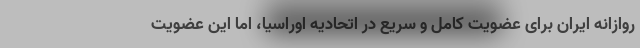
روازانه ایران برای عضویت کامل و سریع در اتحادیه اوراسیا، اما این عضویت